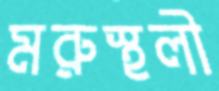
মরুস্থলী